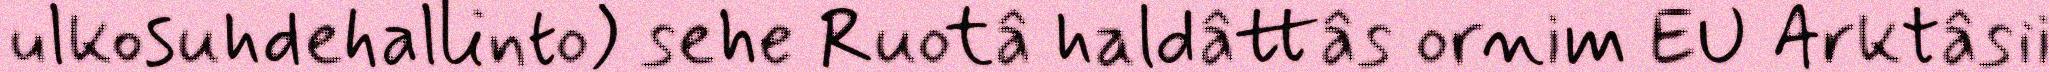
ulkosuhdehallinto) sehe Ruotâ haldâttâs ornim EU Arktâsii